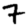
Digit: 7